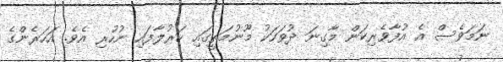
ނަމަވެސް އެ އުފާވެރިކަން މާގިނަ ދުވަހަކު މޫނުމަތީގައި ހަރުލާފައި ނުހުރި އެވެ. އަހަރެންގެ